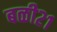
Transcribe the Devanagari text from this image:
बळी२१